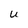
Character: U